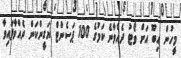
މީހުން އިބޫ އަށް ވޯޓު ދެއްވާނެ ކަމުގެ 100 ޕަސެންޓް ޔަގީންކަން ދެއްވާފައިވާ